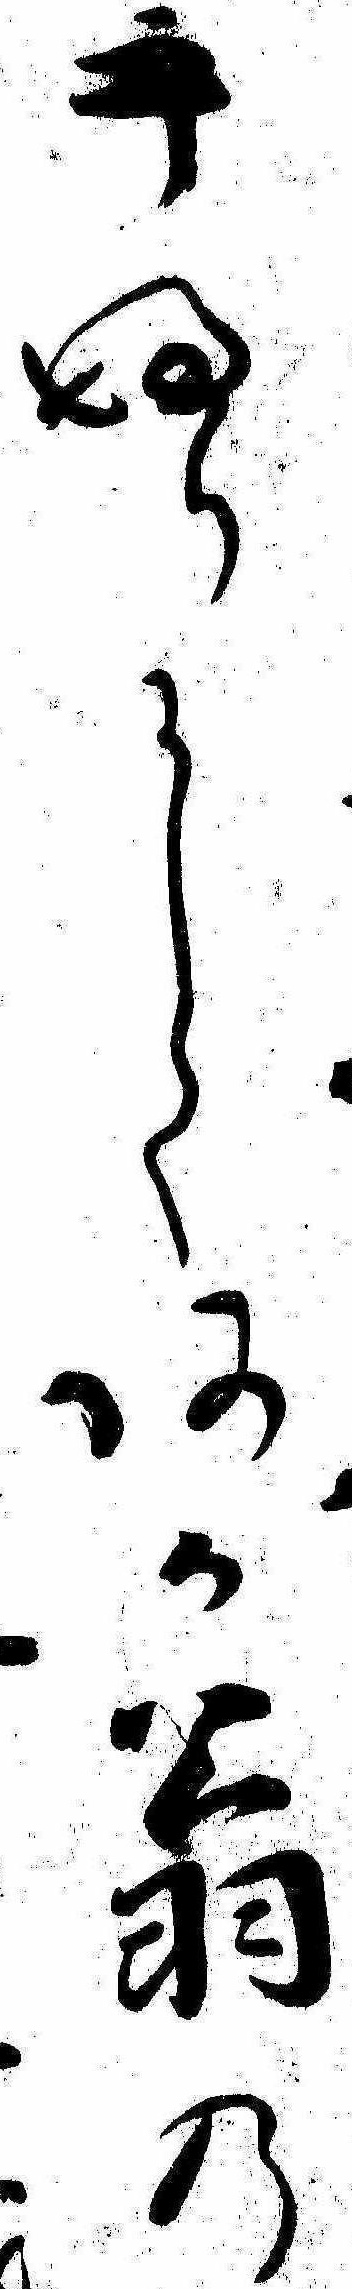
手ふりにしてあか翁の